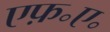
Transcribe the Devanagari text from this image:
एफ़॰ए॰